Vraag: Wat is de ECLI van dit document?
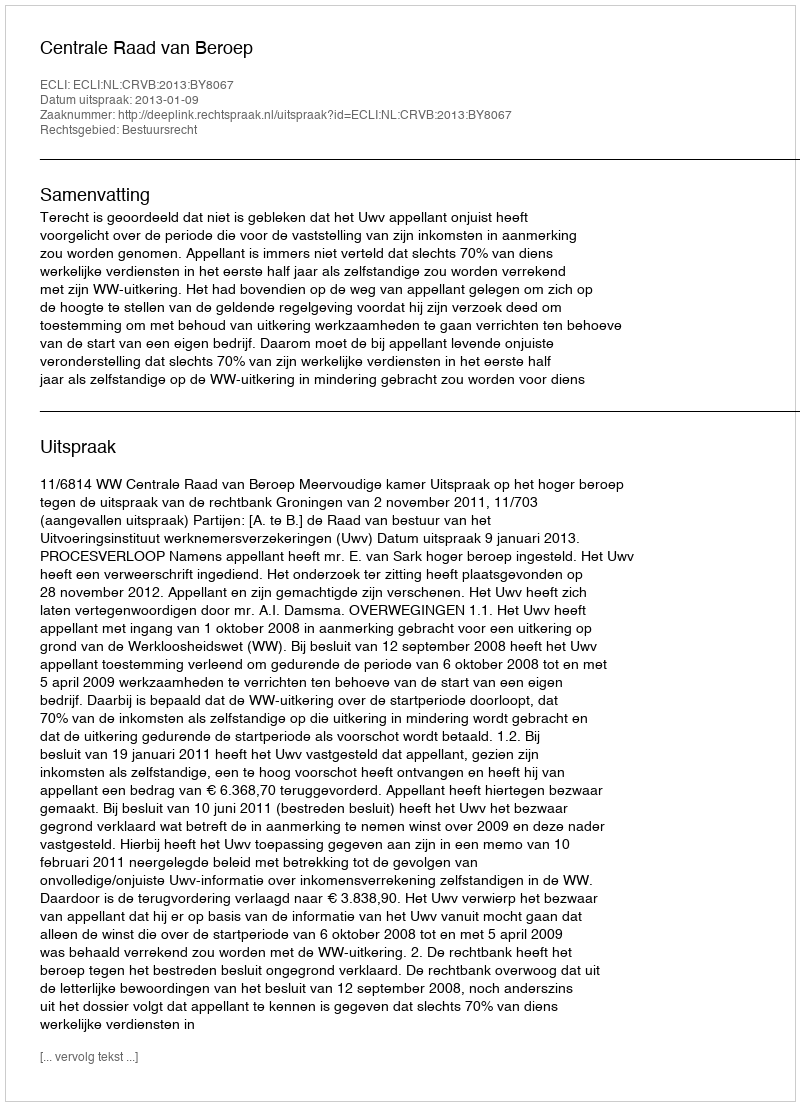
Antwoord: ECLI:NL:CRVB:2013:BY8067